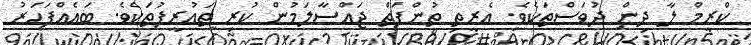
ކްރީމް ލާ ދިން ދުވަސްތަކެވެ. އެރީތި ތުންފަތް ޖައްސާލަމުން ކުރި ތައުރީފުތަކެވެ. ބައެއްފަހަރު